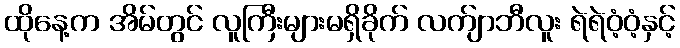
ထိုနေ့က အိမ်တွင် လူကြီးများမရှိခိုက် လက်ျာဘီလူး ရဲရဲဝံ့ဝံ့နှင့်